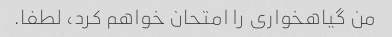
من گیاهخواری را امتحان خواهم کرد، لطفا.